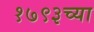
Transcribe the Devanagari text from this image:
१७९३च्या